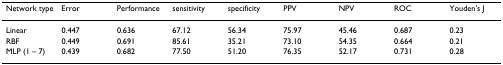
<table><thead><tr><td><b>Network type</b></td><td><b>Error</b></td><td><b>Performance</b></td><td><b>sensitivity</b></td><td><b>specificity</b></td><td><b>PPV</b></td><td><b>NPV</b></td><td><b>ROC</b></td><td><b>Youden&#x27;s J</b></td></tr></thead><tbody><tr><td>Linear</td><td>0.447</td><td>0.636</td><td>67.12</td><td>56.34</td><td>75.97</td><td>45.46</td><td>0.687</td><td>0.23</td></tr><tr><td>RBF</td><td>0.449</td><td>0.691</td><td>85.61</td><td>35.21</td><td>73.10</td><td>54.35</td><td>0.664</td><td>0.21</td></tr><tr><td>MLP (1 – 7)</td><td>0.439</td><td>0.682</td><td>77.50</td><td>51.20</td><td>76.35</td><td>52.17</td><td>0.731</td><td>0.28</td></tr></tbody></table>